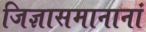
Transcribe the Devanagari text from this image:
जिज्ञासमानानां